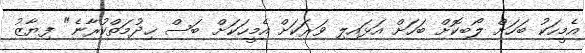
އެމީހަކު ބަހަށް ލޯބިކޮށް ބަހަށް އަޅައިލި ވަރަކަށް އެމީހަކަށް ބަސް ޚިދުމަތްކުރާނެ" ފިޔާޒު